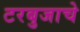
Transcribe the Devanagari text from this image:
टरबुजाचे